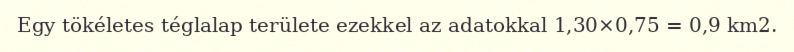
Egy tökéletes téglalap területe ezekkel az adatokkal 1,30×0,75 = 0,9 km2.